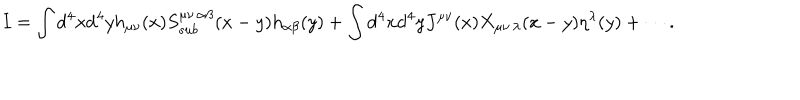
I = \int \mathrm { d } ^ { 4 } x \mathrm { d } ^ { 4 } y h _ { \mu \nu } ( x ) S _ { s u b } ^ { \mu \nu \, \alpha \beta } ( x - y ) h _ { \alpha \beta } ( y ) + \int \mathrm { d } ^ { 4 } x \mathrm { d } ^ { 4 } y J ^ { \mu \nu } ( x ) X _ { \mu \nu \, \lambda } ( x - y ) \eta ^ { \lambda } ( y ) + \cdots .